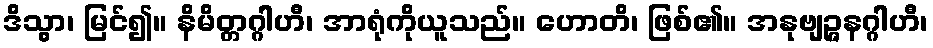
ဒိသွာ၊ မြင်၍။ နိမိတ္တဂ္ဂါဟီ၊ အာရုံကိုယူသည်။ ဟောတိ၊ ဖြစ်၏။ အနုဗျဉ္ဇနဂ္ဂါဟီ၊